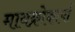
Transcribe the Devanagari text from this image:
मायक्रोकार्पा